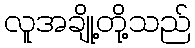
လူအချို့တို့သည်